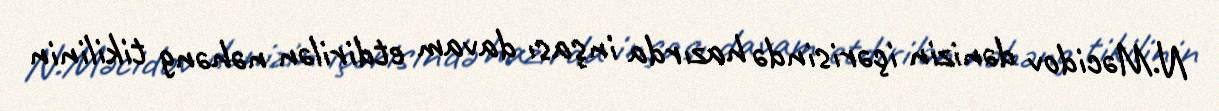
N.Məcidov dənizin içərisində hazırda inşası davam etdirilən nəhəng tikilinin